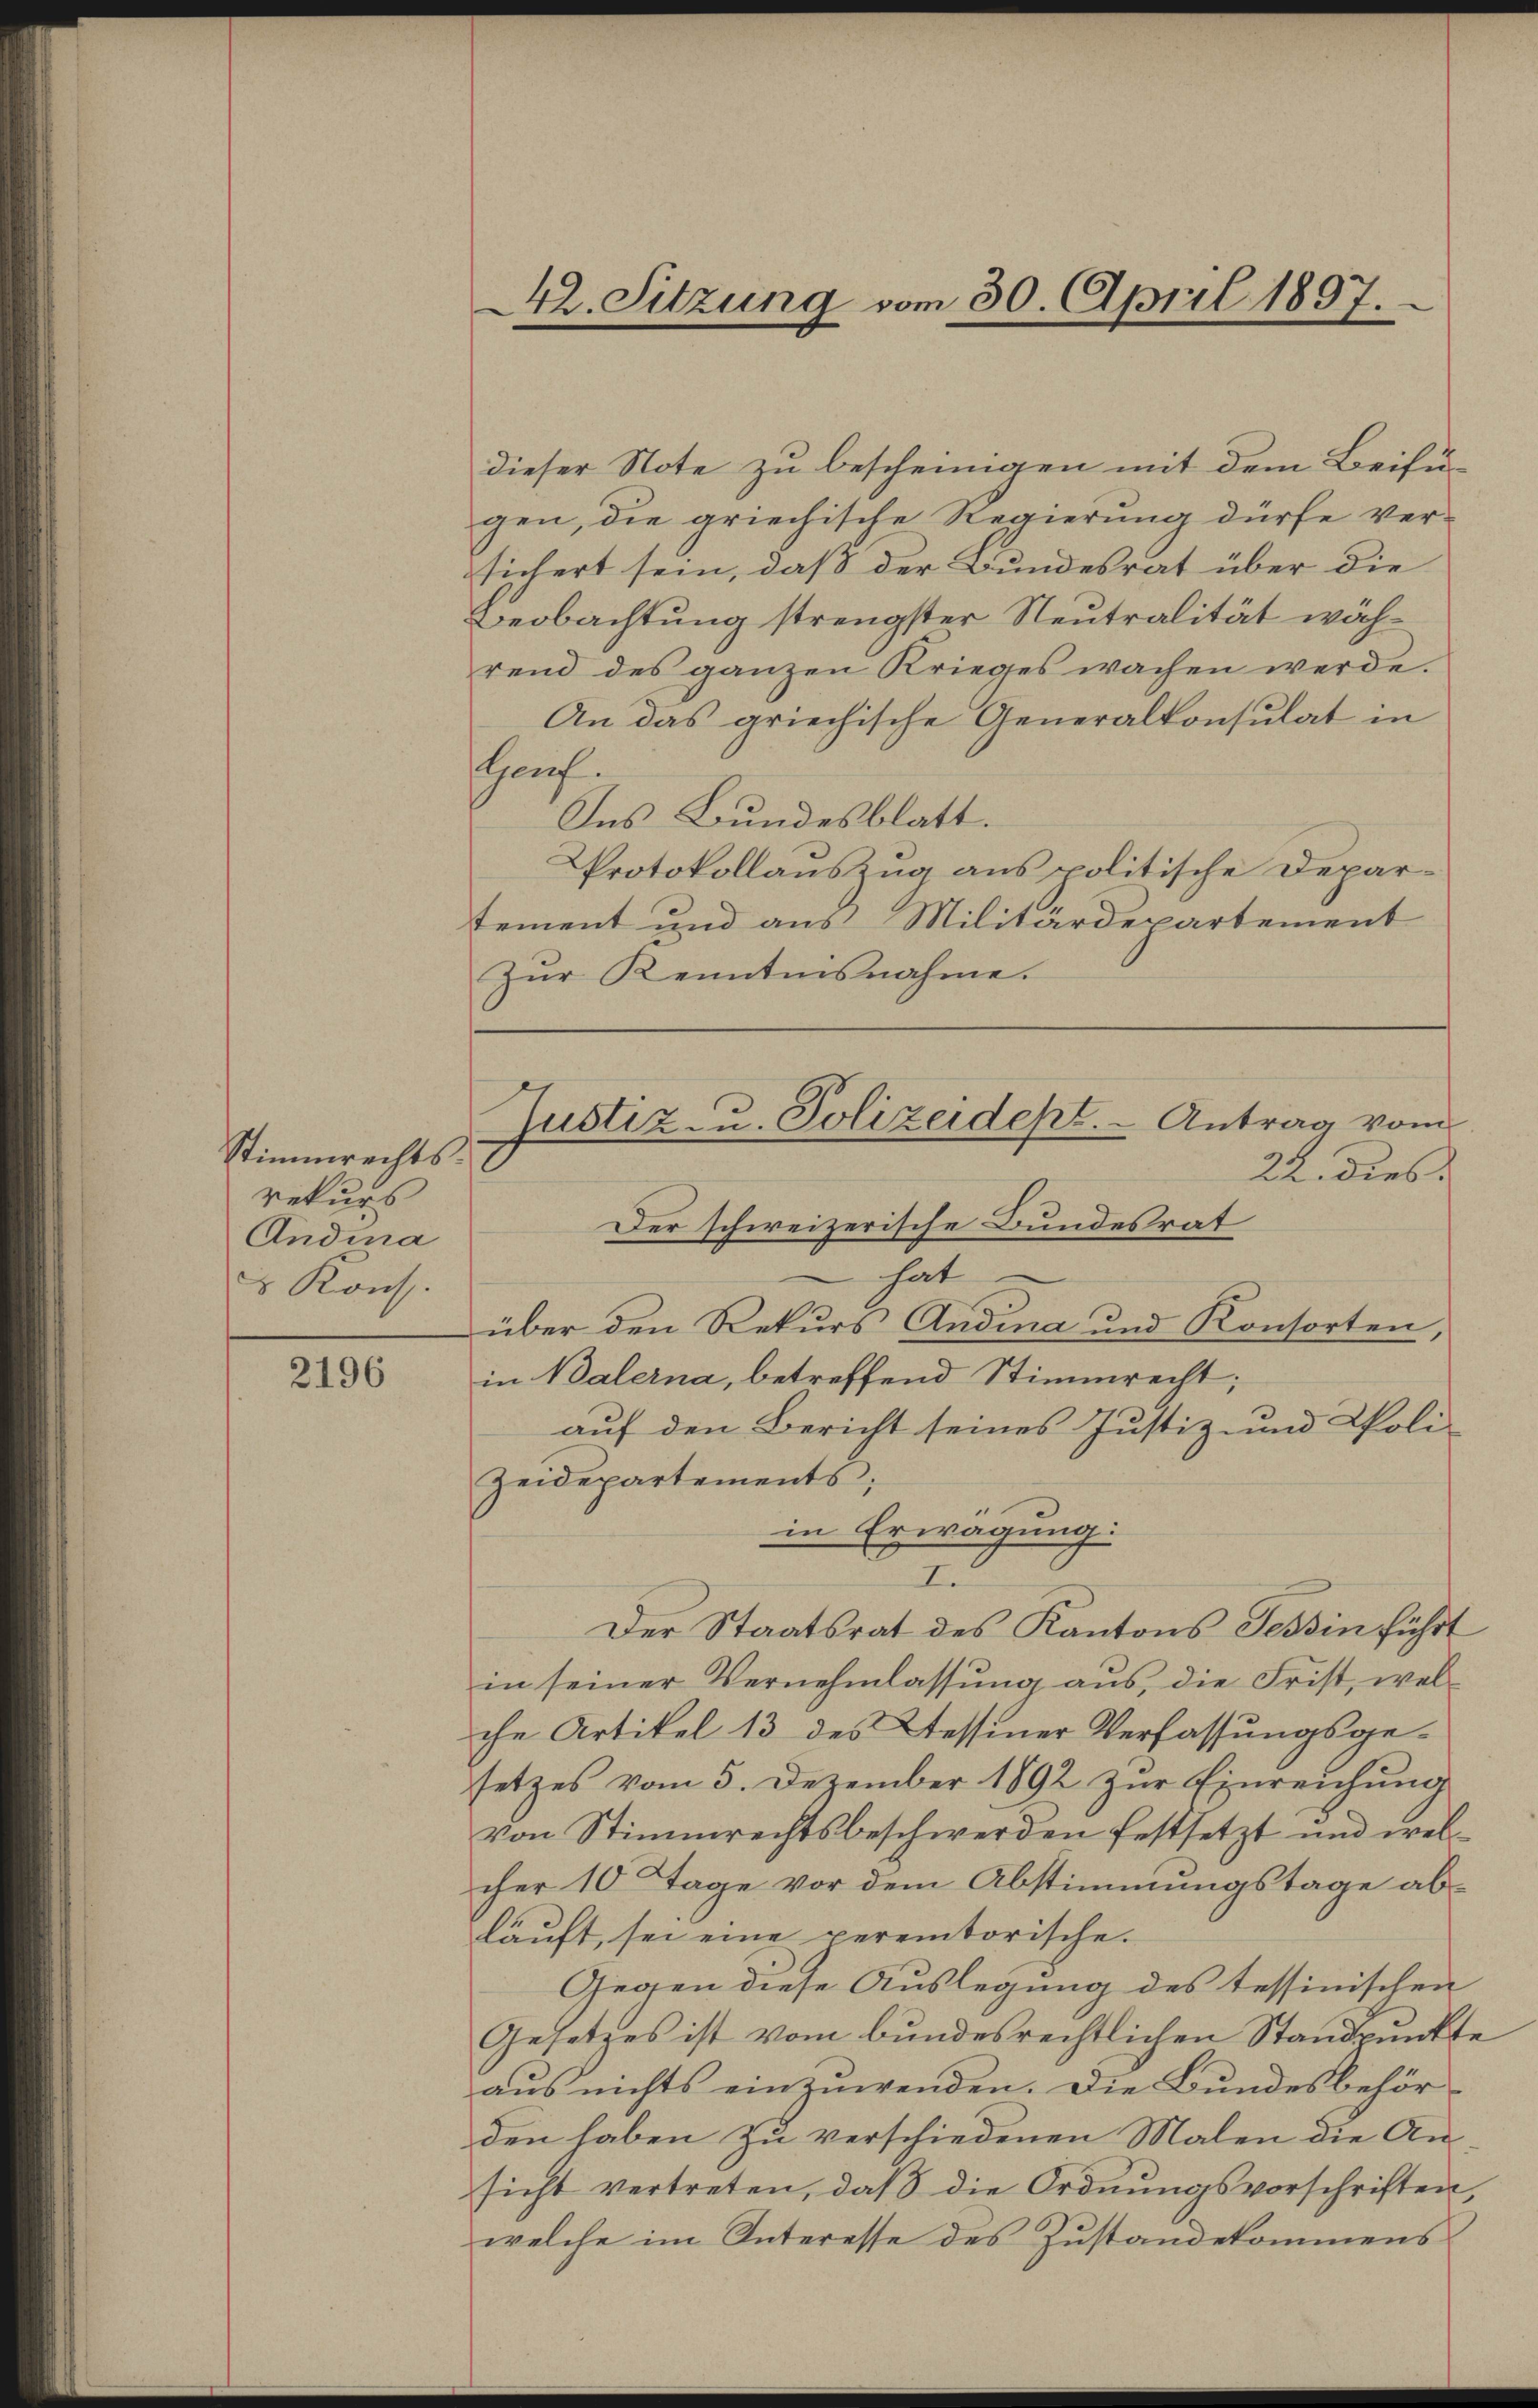
Stimmrechtsrekurs
Andina
8 Kons.

2196

¬

42. Sitzung vom 30. April 1897.

Justiz- u. Polizeidept. - Antrag vom
22. dies
Der schweizerische Bundesrat
hat
über den Rekurs Andina und Konsorten,

dieser Note zu bescheinigen mit dem Beifügen, die griechische Regierung dürfe ver-
sichert sein, daß der Bundesrat über die
Beobachtung strengster Neutralität während des ganzen Krieges wachen werde.
An das griechische Generalkonsulat in
Hauf
Ins Bundesblatt.
Protokollauszug aus politische Departement und aus Militärdepartement
Zŭr Kenntnisnahme.
in Balerna, betreffend Stimmrecht;
auf den Bericht seines Justiz- und Poli-
Zeidepartements;
in Erwägung:
I.
Der Staatsrat des Kantons Tessin führt
in seiner Vernehmlassung aus, die Frist, welche Artikel 13 des Tessiner Verfassungsgesetzes vom 5. Dezember 1892 zŭr Einreichŭng
von Stimmrechtsbeschwerden festsetzt und welcher 10 Tage vor dem Abstimmungstage abläuft, sei eine peremtorische.
Gegen diese Auslegung des tessinischen
Gesetzes ist vom bundesrechtlichen Standpunkte
aus nichts einzuwenden. Die Bundesbehör-
den haben zu verschiedenen Malen die An-
sicht vertreten, daß die Ordnungsvorschriften,
welche im Interesse des Zustandekommens